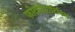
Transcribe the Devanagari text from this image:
फोटोकेराटिटिस